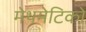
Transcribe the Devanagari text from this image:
मेथमेटिको